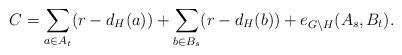
LaTeX: \begin{align*} C = \sum _{a \in A_t} (r - d_H(a)) + \sum _{b\in B_s} (r - d_H(b)) + e_{G\setminus H}(A_s,B_t). \end{align*}